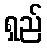
ရှည်